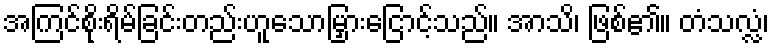
အကြင်စိုးရိမ်ခြင်းတည်းဟူသောမြှားငြောင့်သည်။ အာသိ၊ ဖြစ်၏။ တံသလ္လံ၊